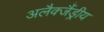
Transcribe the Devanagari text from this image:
अलैक्जैंड्रीय